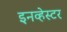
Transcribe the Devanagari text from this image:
इनव्हेस्टर